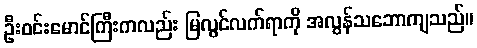
ဦးဝင်းမောင်ကြီးကလည်း မြလွင်လက်ရာကို အလွန်သဘောကျသည်။